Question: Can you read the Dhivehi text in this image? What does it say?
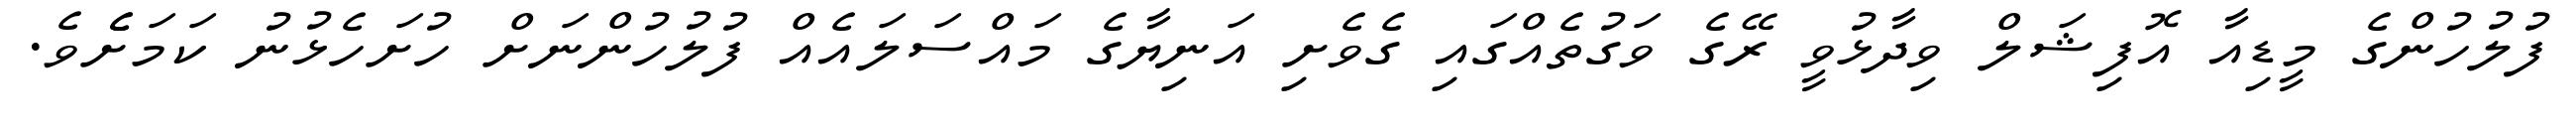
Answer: ފުލުހުންގެ މީޑިއާ އޮފިޝަލް ވިދާޅުވީ ރޭގެ ވަގުތެއްގައި ގެވެށި އަނިޔާގެ މައްސަލައެއް ފުލުހުންނަށް ހުށަހެޅުނު ކަމަށެެވެ.